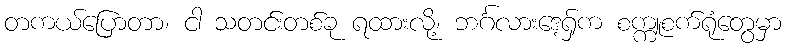
တကယ်ပြောတာ၊ ငါ သတင်းတစ်ခု ရထားလို့၊ ဘင်္ဂလားဒေ့ရှ်က စက္ကူစက်ရုံတွေမှာ